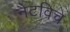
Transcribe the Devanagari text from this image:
नैटविच